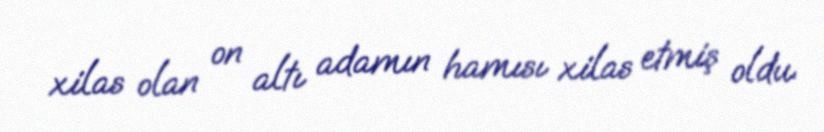
xilas olan on altı adamın hamısı xilas etmiş oldu.